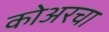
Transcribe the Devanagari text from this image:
कोअरचा